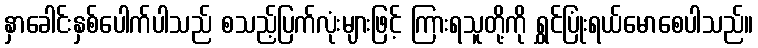
နှာခေါင်းနှစ်ပေါက်ပါသည် စသည့်ပြက်လုံးများဖြင့် ကြားရသူတို့ကို ရွှင်ပြုံးရယ်မောစေပါသည်။